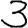
Digit: 3